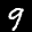
Label: 9